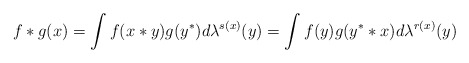
\begin{gather*}f*g(x)=\int f(x*y)g(y^*)d\lambda^{s(x)}(y)=\int f(y)g(y^**x)d\lambda^{r(x)}(y)\end{gather*}